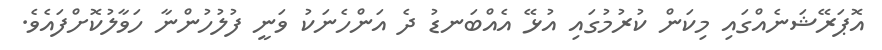
އޮޕަރޭޝަނެއްގައި މިކަން ކުރުމުގައި އުޅޭ އެއްބަނޑު ދެ އަންހެނަކު ވަނީ ފުލުހުންނާ ހަވާލުކޮށްފައެވެ.